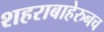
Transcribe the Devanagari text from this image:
शहराबाहेरुनच